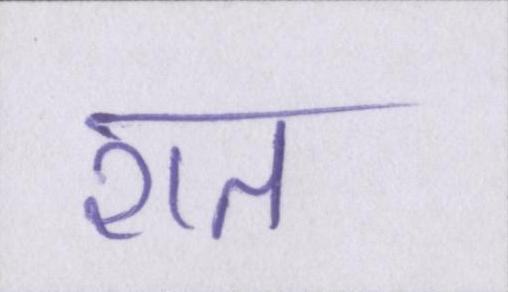
शत